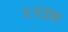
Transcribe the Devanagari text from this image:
॥॥उम